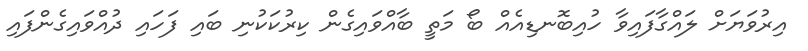
އިރުވަޔަށް ލައްގާފައިވާ ހުއިބޮނޑިއެއް ބޯ މަތީ ބާއްވައިގެން ކިރުކަކުނި ބައި ފަހައި ދުއްވައިގެންފައި